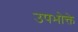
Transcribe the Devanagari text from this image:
उपभोक्ते